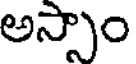
అస్సాం